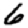
Digit: 6